Vaccination in Bombay 1874-1876 - 1874-1876
Year: 1874
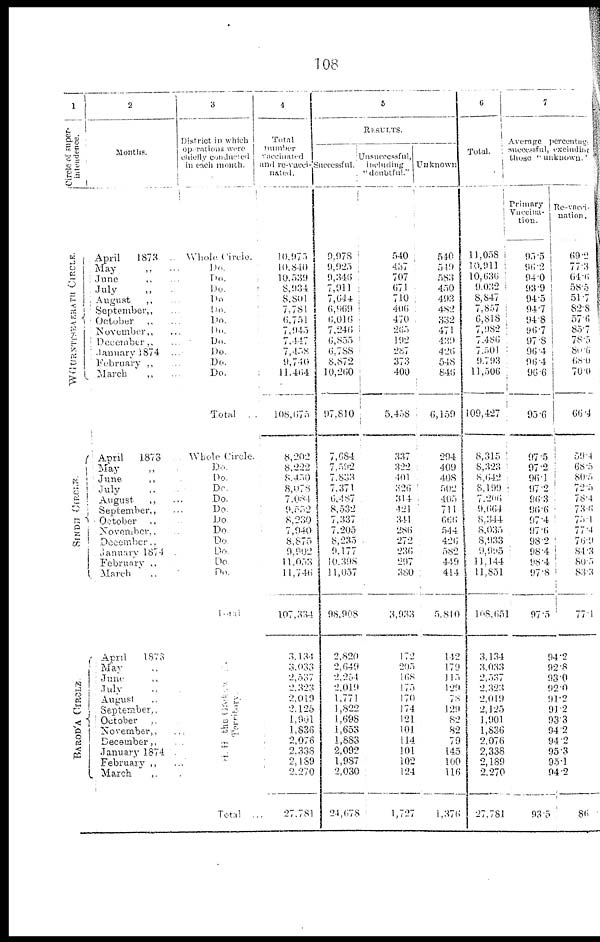
108
1
Circle of super-
superintendence.
WGURNTTSEAERATH
CIRCLE.
2
Months.
April
1873 ..
May
„
...
June „ ...
July „ ...
August
„ ...
September „ ...
October „ ...
November „ ...
December „ ...
January 1874 ...
February „ ...
March
„ ...
3
District in which
operations were
chiefly Conducted
in each month.
Whole Circle.
Do.
Do.
Do.
Do.
Do.
Do.
Do.
Do.
Do.
Do.
Do.
Total ...
SINDH CIRCLE.
BAROD'A CIRCLE.
April
1873
May „
June
„
July „ ...
August
„ ...
September „ ...
October
„
November „ ...
December „
January 1874
February „
March
„
April
1873
May „
June „
July „
August „
September „
October „
November „
December „
January 1874
February „ ...
March
„ ...
Whole Circle.
Do.
Do.
Do.
Do.
Do.
Do.
Do.
Do.
Do.
Do.
Do.
Total.
H H the Gaikawad
Territory
Total ...
4
Total
vaccinated
and re-vacci-
nated.
10,975
10,840
10,539
8,934
8,801
7,781
6,751
7,945
7,447
7,458
9,740
11,464
108,675
8,202
8,222
8,450
8,078
7,084
9,552
8,230
7,940
8,875
9,902
11,053
11,746
107,334
3,134
3,033
2,537
2,323
2,019
2,125
1,901
1,836
2,076
2,338
2,189
2,270
27,781
5
RESULTS.
Successful.
9,978
9,925
9,346
7,911
7,644
6,969
6,016
7,246
6,855
6.788
8,872
10,260
97,810
7,684
7,592
7,833
7,371
6,487
8,532
7,337
7,205
8,235
9,177
10,398
11,057
98,908
2,820
2,649
2,254
2,019
1,771
1,822
1,698
1,653
1,883
2,092
1,987
2,030
24,678
Unsuccessful,
including
"doubtful."
540
437
707
671
710
406
470
265
192
287
373
400
5,458
337
322
401
326
314
421
341
286
272
236
297
380
3,933
172
205
168
175
170
174
121
101
114
101
102
124
1,727
Unknown
540
549
583
450
493
482
332
471
439
426
548
846
6,159
294
409
408
502
405
711
666
544
426
582
449
414
5,810
142
179
115
129
78
129
82
82
79
145
100
116
1,376
6
Total.
11,058
10,911
10,636
9,032
8,847
7,857
6,818
7,982
7,486
7,501
6,793
11,506
109,427
8,315
8,323
8,642
8,199
7,206
9,664
8,344
8,035
8,933
9,995
11,144
11,851
108,651
3,134
3,033
2,537
2,323
2,019
2,125
1,901
1,836
2,076
2,338
2,189
2,270
27,781
7
Average percentag
successful, exciuding
those "unknown.'
Primary
Vaccina-
tion.
95.5
96.2
94.0
93.9
94.5
94.7
94.8
96.7
97.8
96.4
96.4
96.6
95.6
97.5
97.2
96.1
97.2
96.3
96.6
97.4
97.6
98.2
98.4
98.4
97.8
97.5
Re-vacci-
nation.
69.2
77.3
64.6
58.5
51.7
82.8
57.6
85.7
78.5
80.6
68.0
70.0
66.4
59.4
68.5
80.5
72.5
78.4
73.6
75. 1
77.4
76.9
84.3
80.5
83.3
77.1
94.2
92.8
93.0
92.0
91.2
91.2
93.3
94.2
94.2
95.3
95.1
94.2
93.5
86